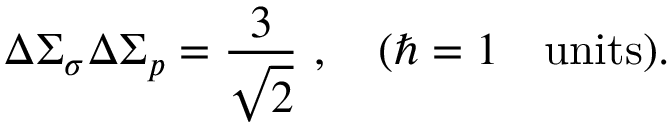
\Delta \Sigma _ { \sigma } \Delta \Sigma _ { p } = { \frac { 3 } { \sqrt 2 } } \ , \quad ( \hbar = 1 \quad \mathrm { u n i t s } ) .